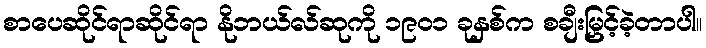
စာပေဆိုင်ရာဆိုင်ရာ နိုဘယ်လ်ဆုကို ၁၉၀၁ ခုနှစ်က စချီးမြှင့်ခဲ့တာပါ။